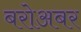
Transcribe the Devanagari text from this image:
बरोअबर